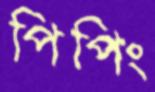
পিপিং